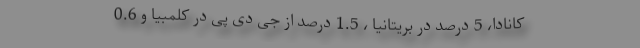
کانادا، 5 درصد در بریتانیا ، 1.5 درصد از جی دی پی در کلمبیا و 0.6